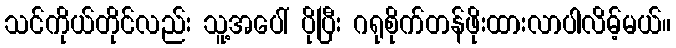
သင်ကိုယ်တိုင်လည်း သူ့အပေါ် ပိုပြီး ဂရုစိုက်တန်ဖိုးထားလာပါလိမ့်မယ်။